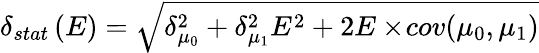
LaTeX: \delta_{stat}\left(E\right)=\sqrt{\delta_{\mu_{0}}^{2}+\delta_{\mu_{1}}^{2}E^{2}+2E\times\! cov(\mu_{0},\mu_{1})}